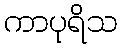
ကာပုရိသ